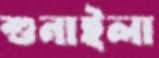
শুনাইলা